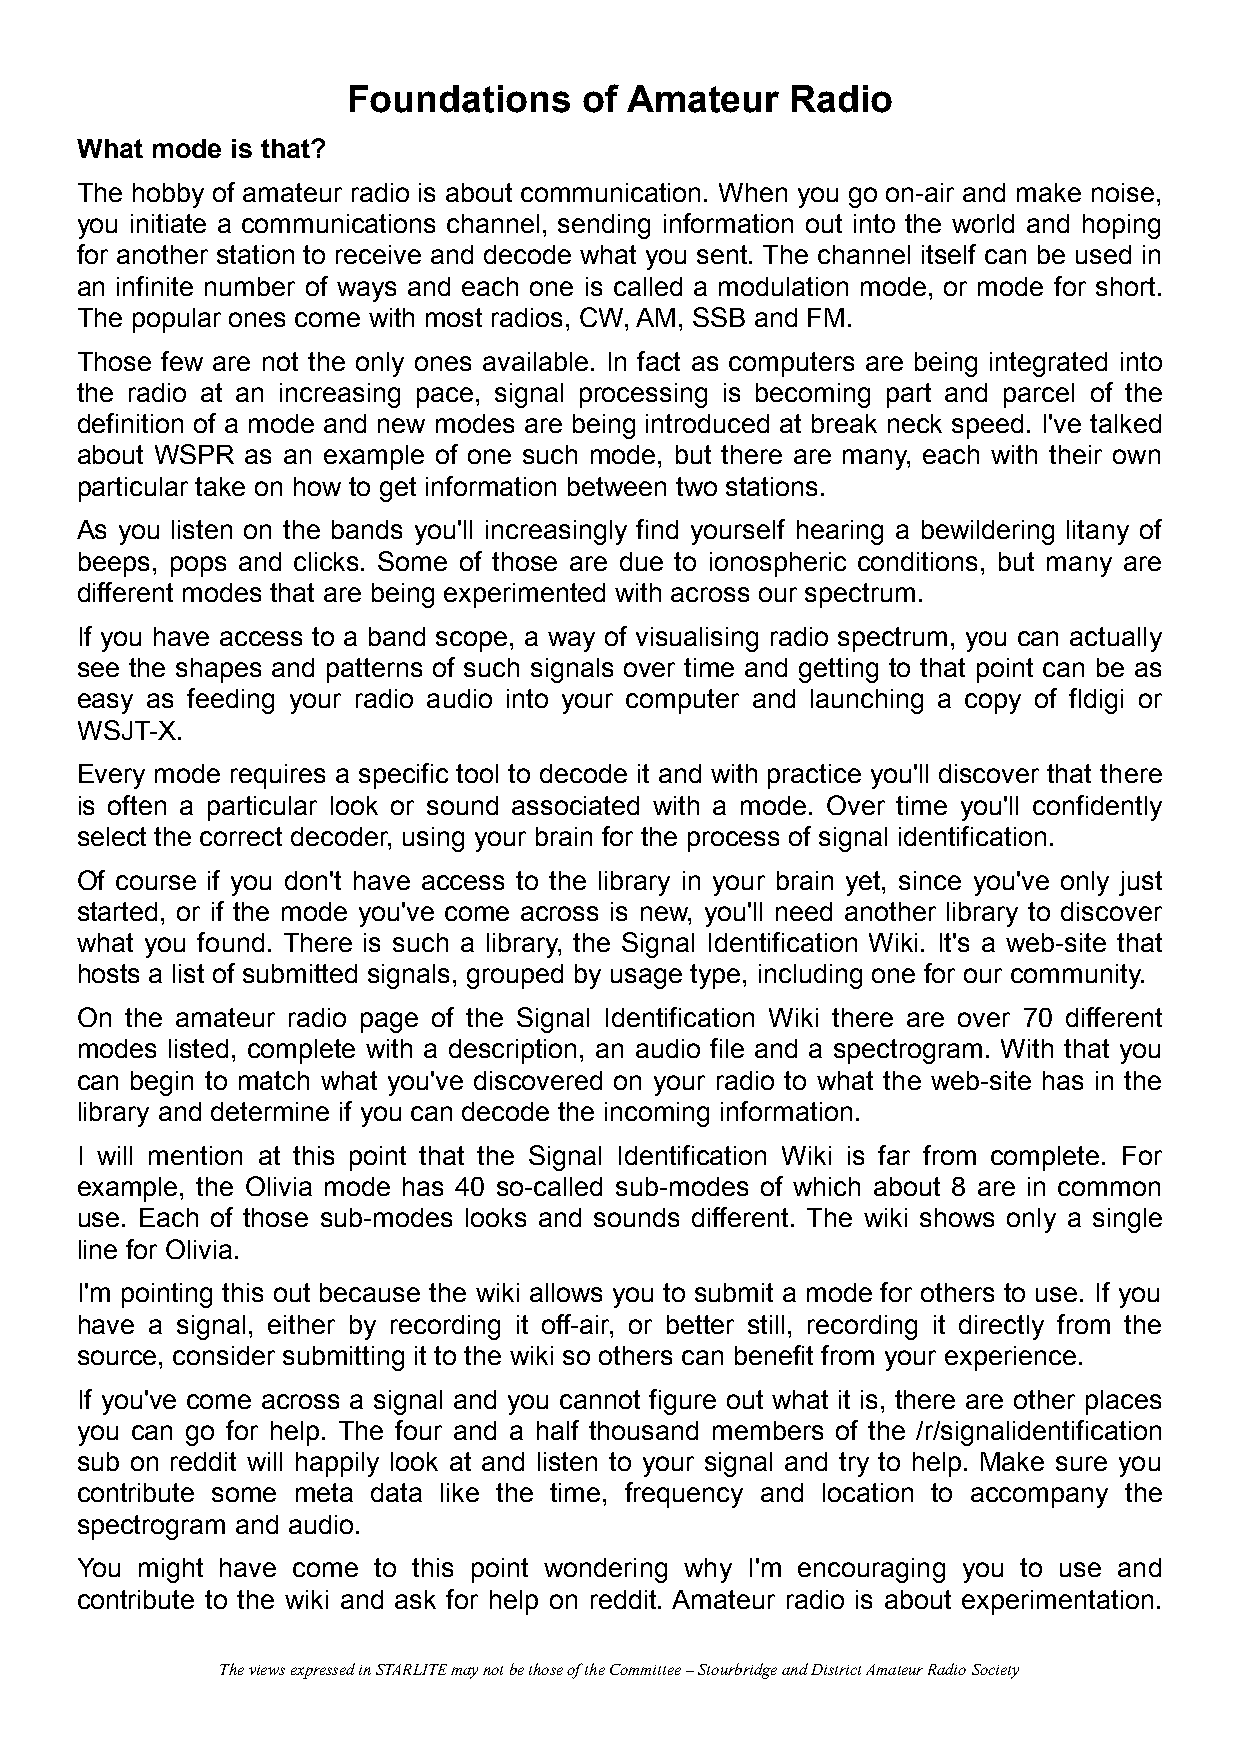
Foundations     of Amateur   Radio
 What mode is that?
 The hobby of amateur radio is about communication. When you go on-air and make noise,
 you initiate a communications channel, sending information out into the world and hoping
 for another station to receive and decode what you sent. The channel itself can be used in
 an infinite number of ways and each one is called a modulation mode, or mode for short.
 The popular ones come with most radios, CW, AM, SSB and FM.
 Those few are not the only ones available. In fact as computers are being integrated into
 the radio at an increasing pace, signal processing is becoming part and parcel of the
 definition of a mode and new modes are being introduced at break neck speed. I've talked
 about WSPR as an example of one such mode, but there are many, each with their own
 particular take on how to get information between two stations.
 As you listen on the bands you'll increasingly find yourself hearing a bewildering litany of
 beeps, pops and clicks. Some of those are due to ionospheric conditions, but many are
 different modes that are being experimented with across our spectrum.
 If you have access to a band scope, a way of visualising radio spectrum, you can actually
 see the shapes and patterns of such signals over time and getting to that point can be as
 easy as feeding your radio audio into your computer and launching a copy of fldigi or
 WSJT-X.
 Every mode requires a specific tool to decode it and with practice you'll discover that there
 is often a particular look or sound associated with a mode. Over time you'll confidently
 select the correct decoder, using your brain for the process of signal identification.
 Of course if you don't have access to the library in your brain yet, since you've only just
 started, or if the mode you've come across is new, you'll need another library to discover
 what you found. There is such a library, the Signal Identification Wiki. It's a web-site that
 hosts a list of submitted signals, grouped by usage type, including one for our community.
 On the amateur radio page of the Signal Identification Wiki there are over 70 different
 modes listed, complete with a description, an audio file and a spectrogram. With that you
 can begin to match what you've discovered on your radio to what the web-site has in the
 library and determine if you can decode the incoming information.
 I will mention at this point that the Signal Identification Wiki is far from complete. For
 example, the Olivia mode has 40 so-called sub-modes of which about 8 are in common
 use. Each of those sub-modes looks and sounds different. The wiki shows only a single
 line for Olivia.
 I'm pointing this out because the wiki allows you to submit a mode for others to use. If you
 have a signal, either by recording it off-air, or better still, recording it directly from the
 source, consider submitting it to the wiki so others can benefit from your experience.
 If you've come across a signal and you cannot figure out what it is, there are other places
 you can go for help. The four and a half thousand members of the /r/signalidentification
 sub on reddit will happily look at and listen to your signal and try to help. Make sure you
 contribute some meta data like the time, frequency and location to accompany the
 spectrogram and audio.
 You might have come to this point wondering why I'm encouraging you to use and
 contribute to the wiki and ask for help on reddit. Amateur radio is about experimentation.
 The views expressed in STARLITE may not be those of the Committee – Stourbridge and District Amateur Radio Society